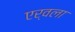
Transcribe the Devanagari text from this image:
एर्वला